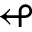
\looparrowleft